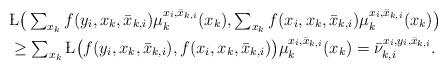
LaTeX: \begin{align*}&\L\big(\textstyle \sum_{x_k}f(y_i,x_k,\bar x_{k,i}) \mu_k^{x_i,\bar x_{k,i}}(x_k) , \sum_{x_k} f(x_i,x_k,\bar x_{k,i}) \mu_k^{x_i,\bar x_{k,i}} (x_k)\big) \\ & \geq\textstyle \sum_{x_k} \L\big(f(y_i,x_k,\bar x_{k,i}),f(x_i,x_k,\bar x_{k,i})\big) \mu_k^{x_i,\bar x_{k,i}} (x_k)=\bar \nu_{k,i}^{x_i,y_i,\bar x_{k,i}}.\end{align*}